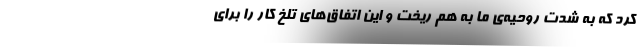
کرد که به شدت روحیه‌ی ما به هم ریخت و این اتفاق‌های تلخ کار را برای